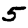
Digit: 5